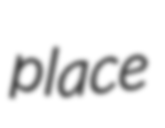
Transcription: place